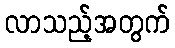
လာသည့်အတွက်